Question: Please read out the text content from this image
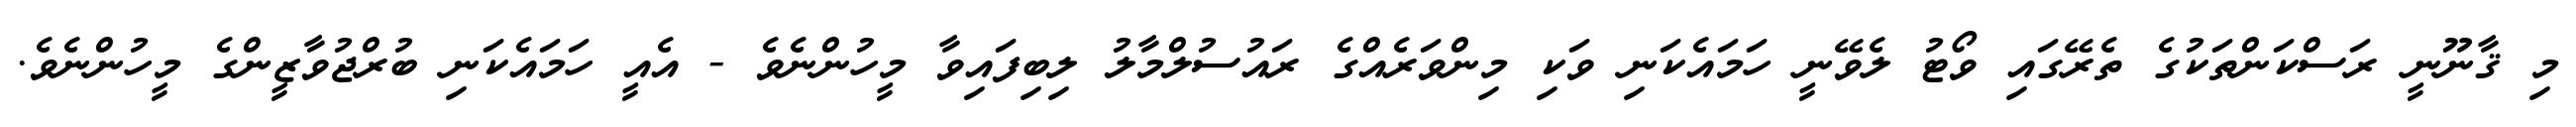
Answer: މި ޤާނޫނީ ރަސްކަންތަކުގެ ތެރޭގައި ވޯޓު ލެވޭނީ ހަމައެކަނި ވަކި މިންވަރެއްގެ ރައުސުލްމާލު ލިބިފައިވާ މީހުންނެވެ - އެއީ ހަމައެކަނި ބުރްޖުވާޒީންގެ މީހުންނެވެ.